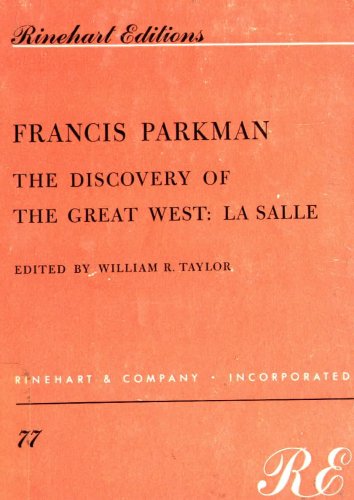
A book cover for The Discovery of the Great West: La Salle; Francis Parkman; Travel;